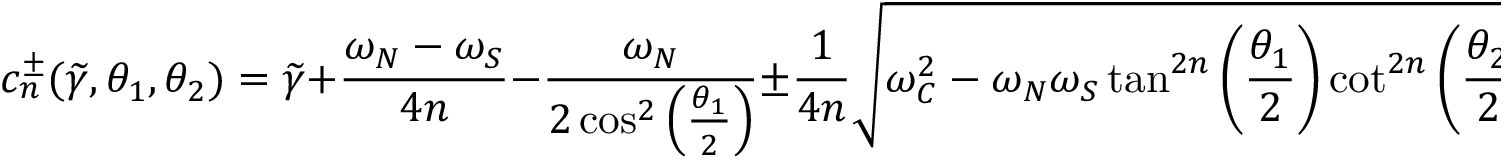
c _ { n } ^ { \pm } ( \widetilde { \gamma } , \theta _ { 1 } , \theta _ { 2 } ) = \widetilde { \gamma } + \frac { \omega _ { N } - \omega _ { S } } { 4 n } - \frac { \omega _ { N } } { 2 \cos ^ { 2 } \left( \frac { \theta _ { 1 } } { 2 } \right) } \pm \frac { 1 } { 4 n } \sqrt { \omega _ { C } ^ { 2 } - \omega _ { N } \omega _ { S } \tan ^ { 2 n } \left( \frac { \theta _ { 1 } } { 2 } \right) \cot ^ { 2 n } \left( \frac { \theta _ { 2 } } { 2 } \right) } .